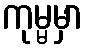
ကုမ္မမှာ